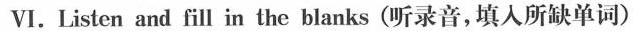
Ⅵ.Listen and fill in the blanks (听录音,填人所缺单词)